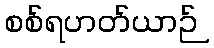
စစ်ရဟတ်ယာဉ်